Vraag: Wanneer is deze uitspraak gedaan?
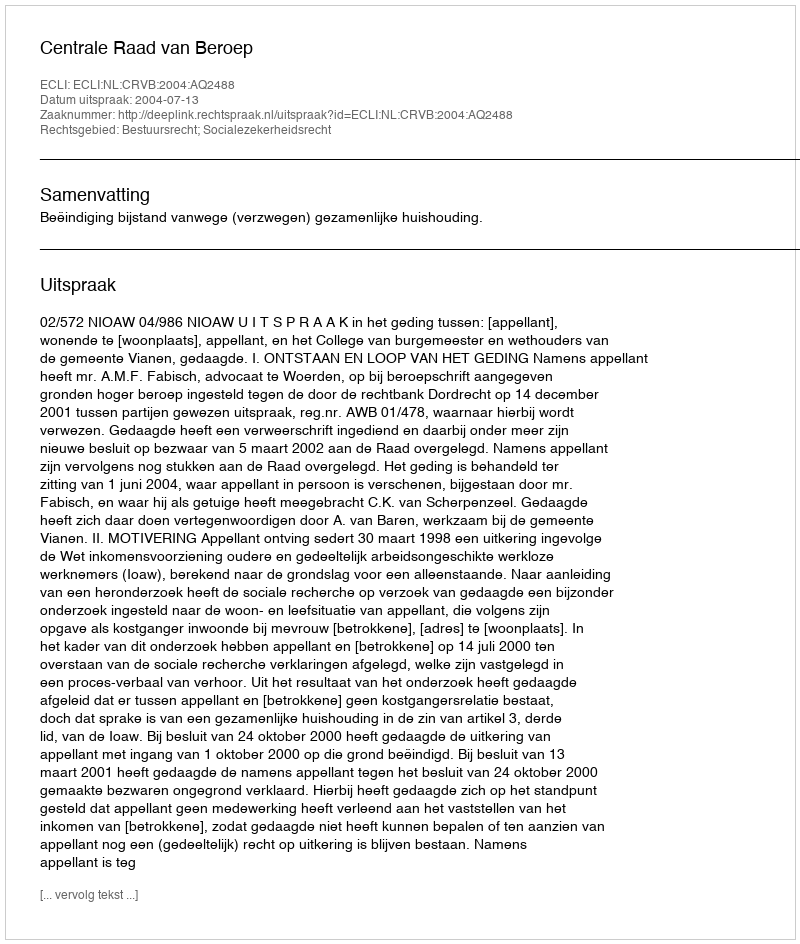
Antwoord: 2004-07-13